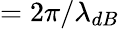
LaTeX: =2\pi/\lambda_{dB}